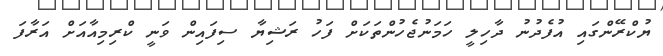
ޔުކްރޭންގައި އުފެދުނު ދާހިލީ ހަމަނުޖެހުންތަކަށް ފަހު ރަޝިޔާ ސިފައިން ވަނީ ކްރިމިއާއަށް އަރާފަ